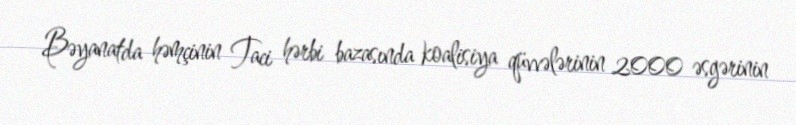
Bəyanatda həmçinin Taci hərbi bazasında koalisiya qüvvələrinin 2000 əsgərinin